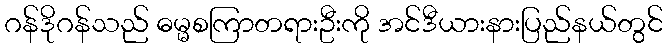
ဂန်ဒိုဂန်သည် ဓမ္မစကြာတရားဦးကို အင်ဒီယားနားပြည်နယ်တွင်